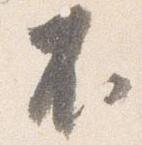
不